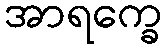
အာရက္ခေ